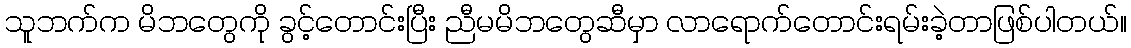
သူဘက်က မိဘတွေကို ခွင့်တောင်းပြီး ညီမမိဘတွေဆီမှာ လာရောက်တောင်းရမ်းခဲ့တာဖြစ်ပါတယ်။